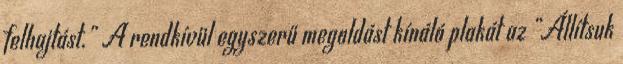
felhajtást.” A rendkívül egyszerű megoldást kínáló plakát az „Állítsuk